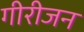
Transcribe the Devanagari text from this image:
गीरीजन